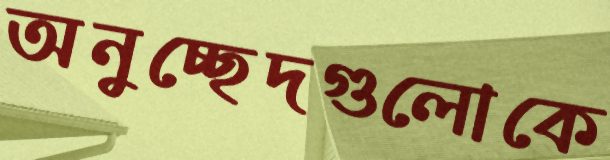
অনুচ্ছেদগুলোকে